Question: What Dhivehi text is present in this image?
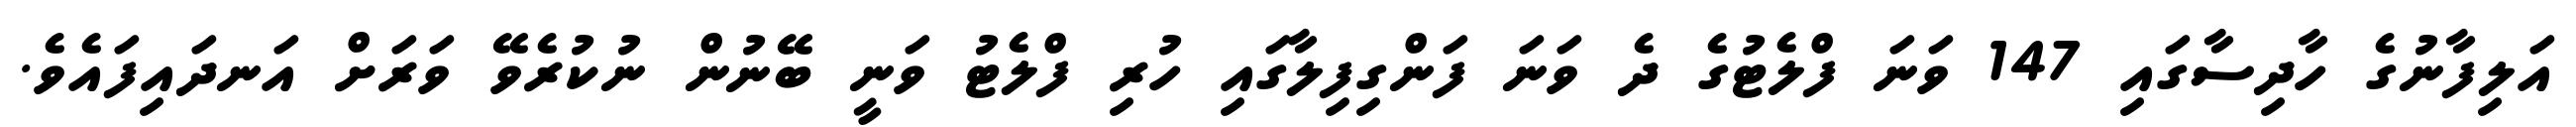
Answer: އަލިފާނުގެ ހާދިސާގައި 147 ވަނަ ފްލެޓުގެ ދެ ވަނަ ފަންގިފިލާގައި ހުރި ފްލެޓު ވަނީ ބޭނުން ނުކުރެވޭ ވަރަށް އަނދައިފައެވެ.